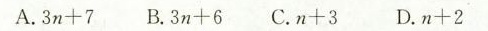
A.$$3 n + 7 B.$$3 n + 6$$ C.$$n + 3$$ D.$$n + 2$$